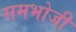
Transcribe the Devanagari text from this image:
समभोजी